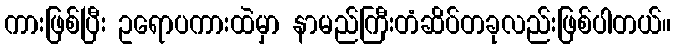
ကားဖြစ်ပြီး ဥရောပကားထဲမှာ နာမည်ကြီးတံဆိပ်တခုလည်းဖြစ်ပါတယ်။